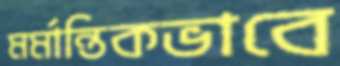
মর্মান্তিকভাবে